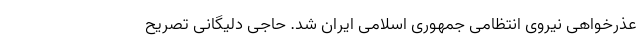
عذرخواهی نیروی انتظامی جمهوری اسلامی ایران شد. حاجی دلیگانی تصریح